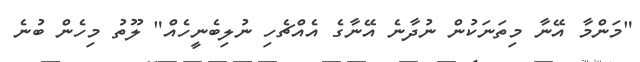
"މަންމާ އޭނާ މިތަނަކުން ނުދާނެ އޭނާގެ އެއްޗެހި ނުލިބެނީހެއް" ލޫތު މިހެން ބުނެ